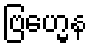
ဗြဟ္မေန